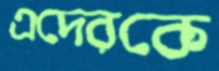
এদেরকে